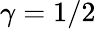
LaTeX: \gamma=1/2